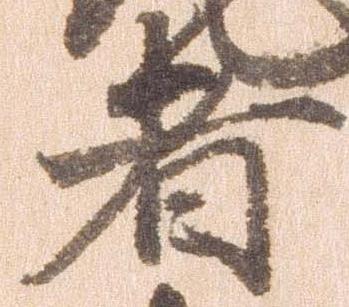
者